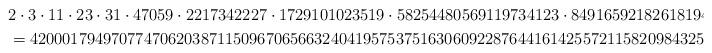
LaTeX: \begin{align*}&2\cdot3\cdot11\cdot23\cdot31\cdot47059\cdot2217342227\cdot1729101023519\cdot58254480569119734123\cdot8491659218261819498490029296021\\&=4200017949707747062038711509670656632404195753751630609228764416142557211582098432545190323474818541298976556403,\end{align*}